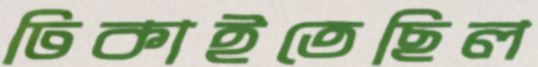
ঢিকাইতেছিল